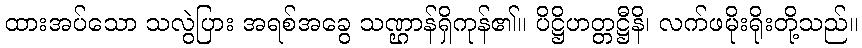
ထားအပ်သော သလွဲပြား အရစ်အခွေ သဏ္ဌာန်ရှိကုန်၏။ ပိဋ္ဌိဟတ္တဋ္ဌီနိ၊ လက်ဖမိုးရိုးတို့သည်။